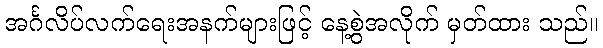
အင်္ဂလိပ်လက်ရေးအနက်များဖြင့် နေ့စွဲအလိုက် မှတ်ထား သည်။